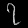
Digit: ၇